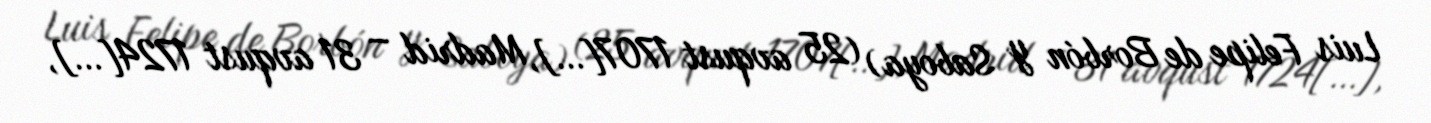
Luis Felipe de Borbón y Saboya) (25 avqust 1707[…], Madrid – 31 avqust 1724[…],